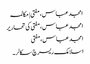
امجد عباس، مفتی | مکالمہ
امجد عباس، مفتی کی تحاریر
امجد عباس، مفتی
اسلامک ریسرچ سکالر۔